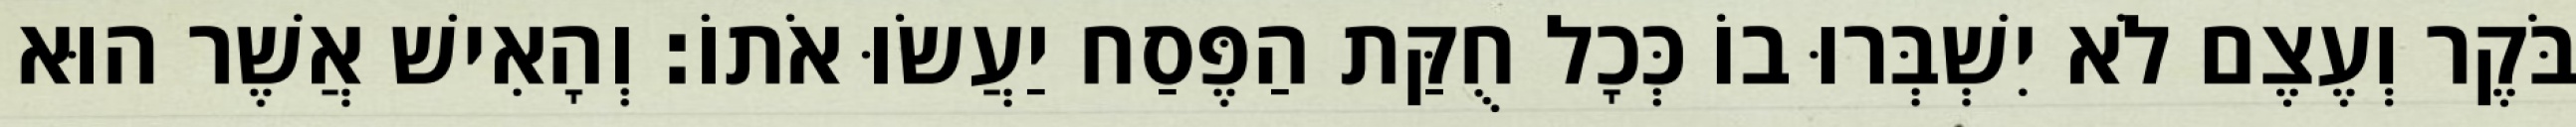
בֹּקֶר וְעֶצֶם לֹא יִשְׁבְּרוּ בוֹ כְּכָל חֻקַּת הַפֶּסַח יַעֲשׂוּ אֹתוֹ׃ וְהָאִישׁ אֲשֶׁר הוּא